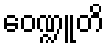
ဝေဏ္ဍူတိ